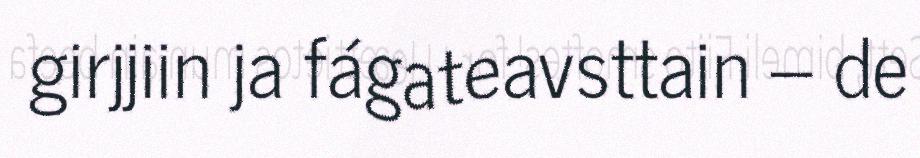
girjjiin ja fágateavsttain – de